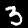
Label: 3